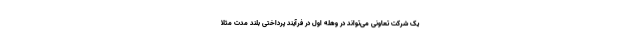
یک شرکت تعاونی می‌تواند در وهله اول در فرآیند پرداختی بلند مدت مثلا